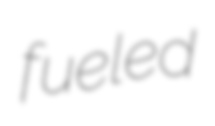
fueled